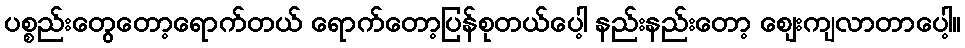
ပစ္စည်းတွေတော့ရောက်တယ် ရောက်တော့ပြန်စုတယ်ပေါ့ နည်းနည်းတော့ ဈေးကျလာတာပေါ့။